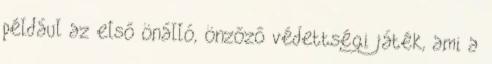
például az első önálló, önzőző védettségi játék, ami a